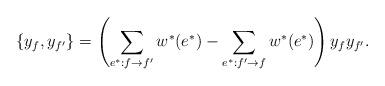
LaTeX: \begin{align*}\{y_f,y_{f'}\}=\left(\sum_{e^*: f\to f'} w^*(e^*)-\sum_{e^*: f'\to f} w^*(e^*)\right)y_fy_{f'}.\end{align*}